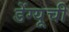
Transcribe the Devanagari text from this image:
डेंग्यूची